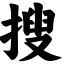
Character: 搜